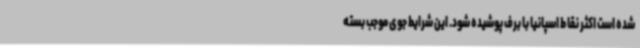
شده است اکثر نقاط اسپانیا با برف پوشیده شود. این شرایط جوی موجب بسته